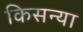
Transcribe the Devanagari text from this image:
किसन्या